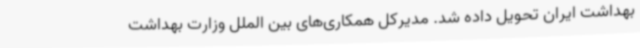
بهداشت ایران تحویل داده شد. مدیرکل همکاری‌های بین الملل وزارت بهداشت